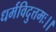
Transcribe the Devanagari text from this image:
धर्मविदुत्तमः।।